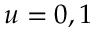
u = 0 , 1